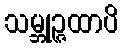
သမ္ဘုဉ္ဇထာပိ